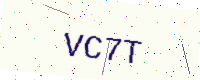
Text: VC7T